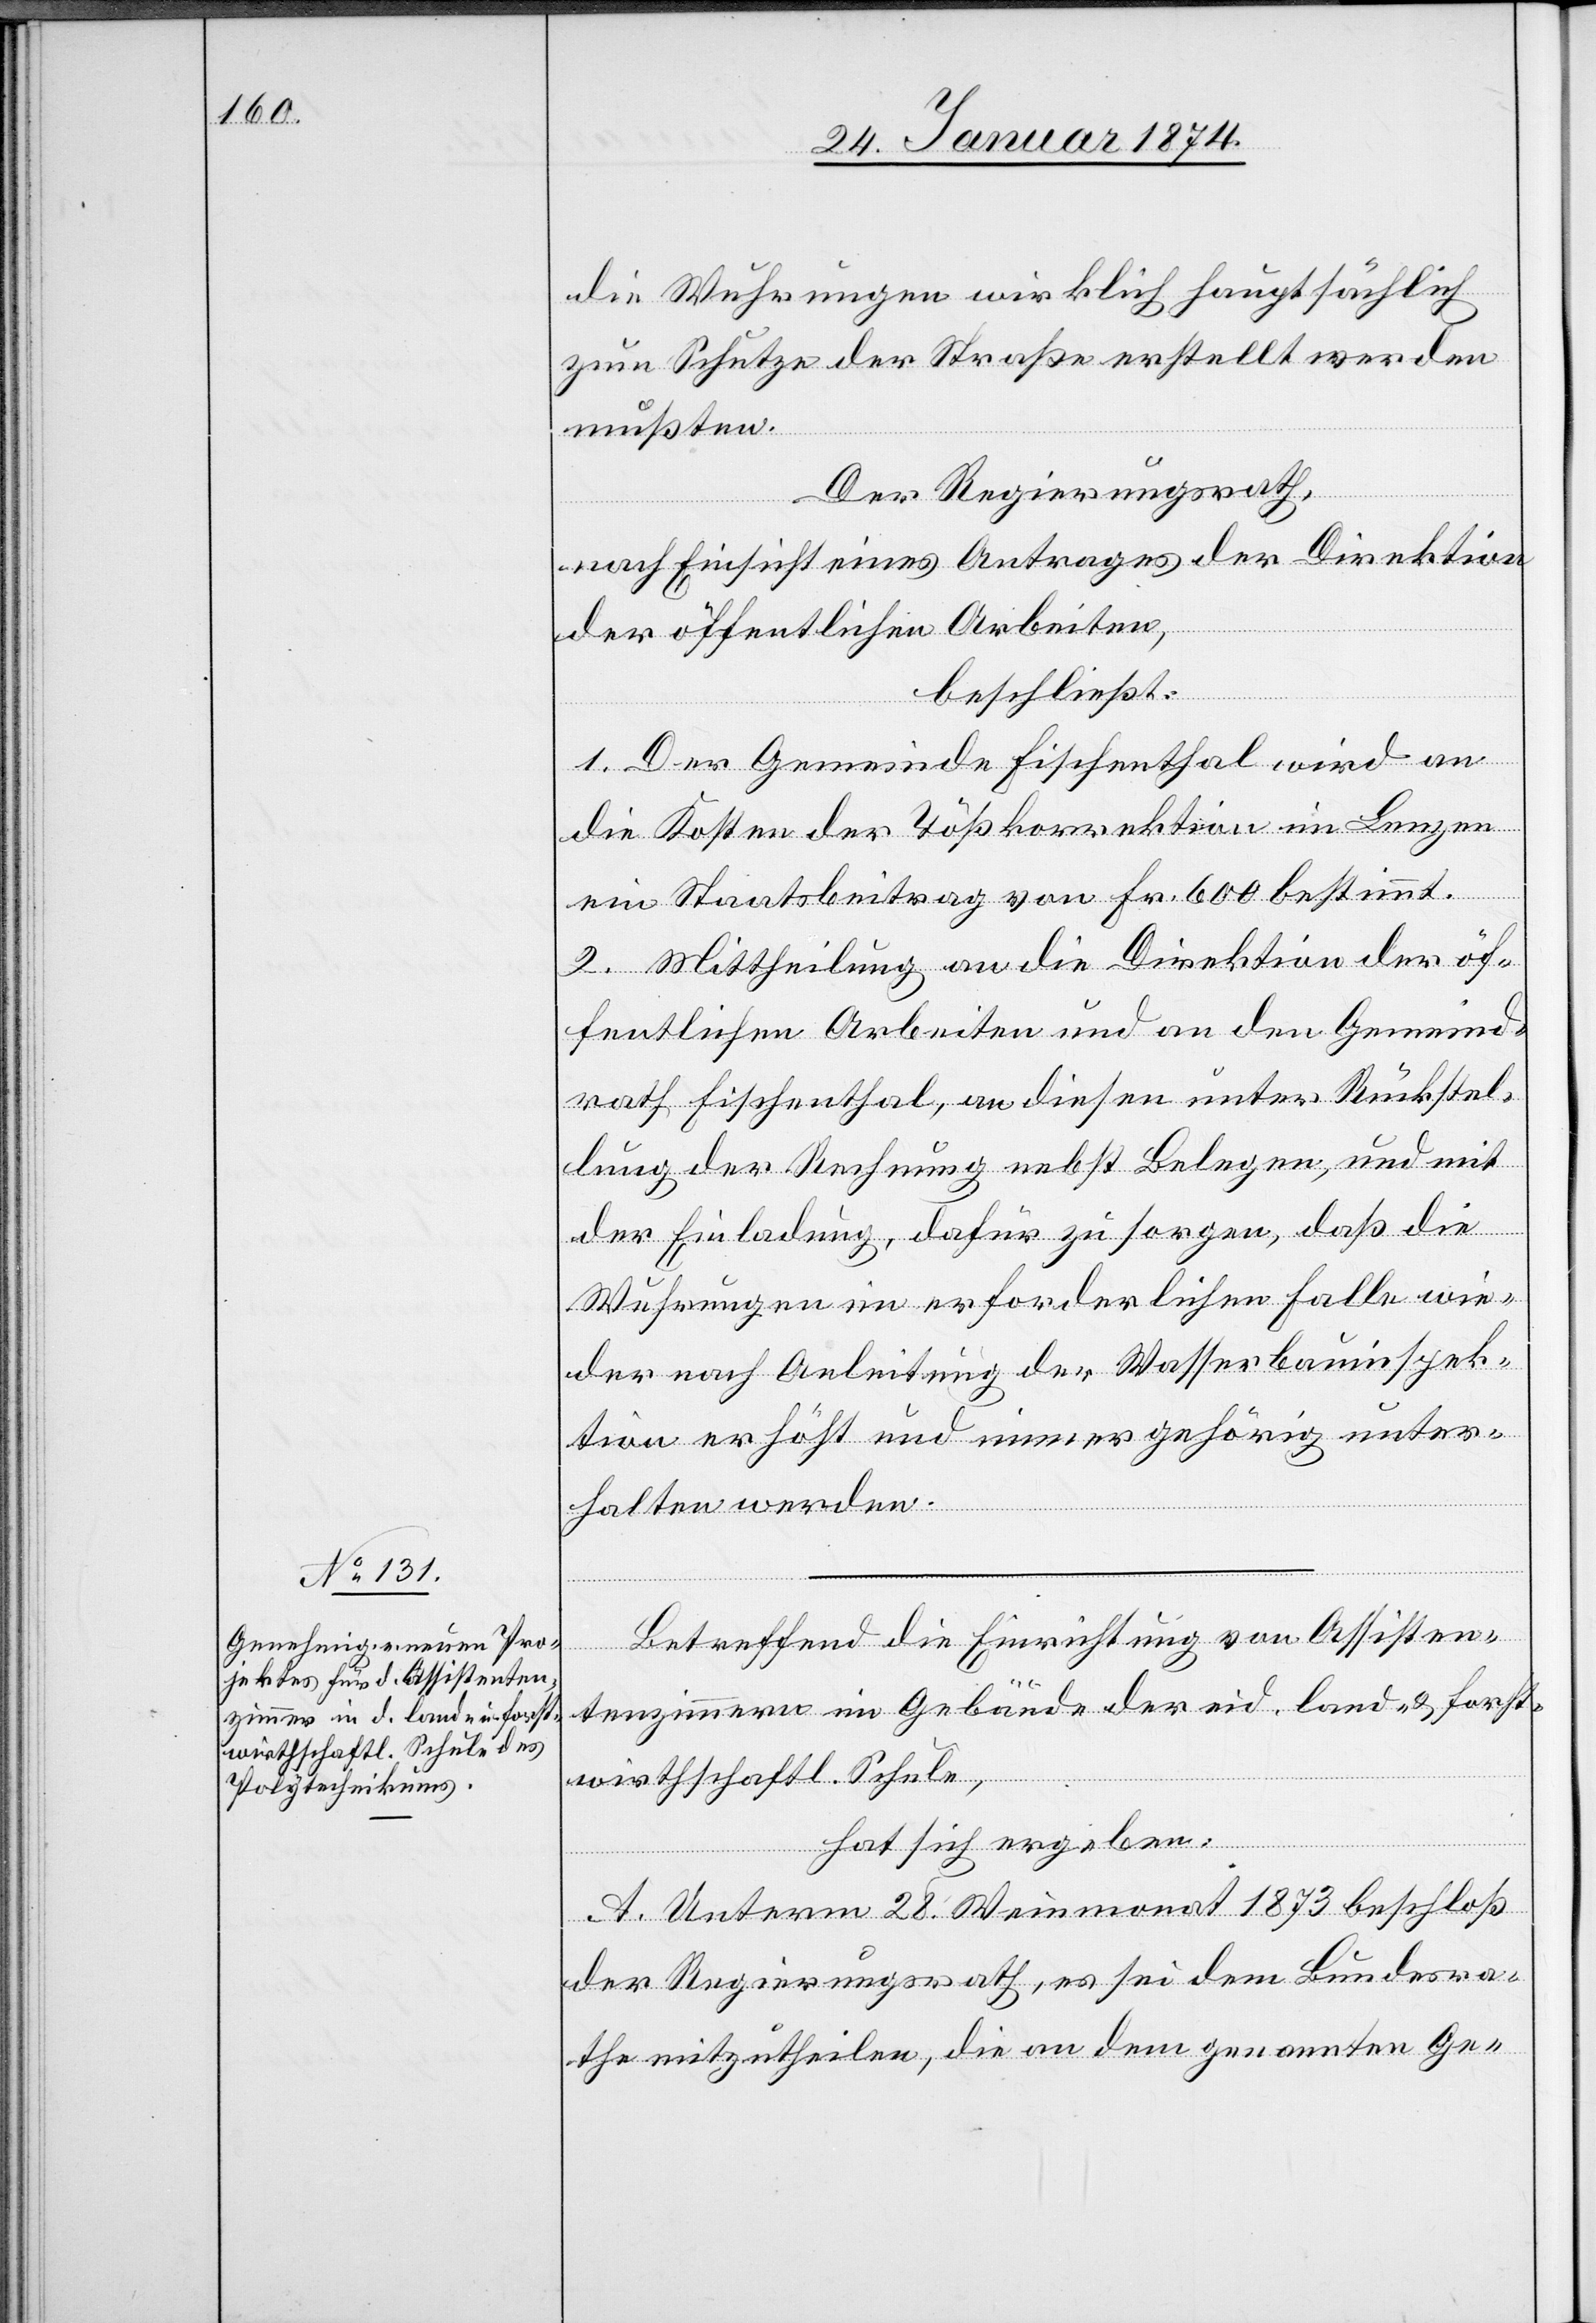
die Wuhrungen wirklich hauptsächlich
zum Schutze der Straße erstellt werden
mußten.
Der Regierungsrath,
nach Einsicht eines Antrages der Direktion
der öffentlichen Arbeiten,
beschließt:
1. Der Gemeinde Fischenthal wird an
die Kosten der Tößkorrektion im Lenzen
ein Staatsbeitrag von Fr. 600 bestimmt.
2. Mittheilung an die Direktion der öf¬
fentlichen Arbeiten und an den Gemeind¬
rath Fischentahl, an diesen unter Rückstel¬
lung der Rechnung nebst Belegen, und mit
der Einladung, dafür zu sorgen, daß die
Wuhrungen in erforderlichem Falle wie¬
der nach Anleitung der Wasserbauinspek¬
tion erhöht und immer gehörig unter¬
halten werden.